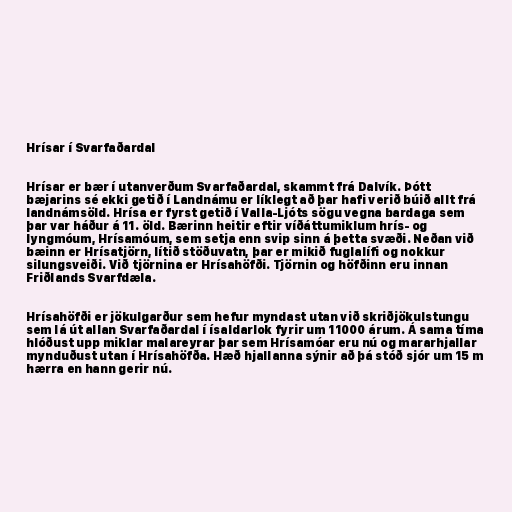
Hrísar í Svarfaðardal

Hrísar er bær í utanverðum Svarfaðardal, skammt frá Dalvík. Þótt
bæjarins sé ekki getið í Landnámu er líklegt að þar hafi verið búið allt frá
landnámsöld. Hrísa er fyrst getið í Valla-Ljóts sögu vegna bardaga sem
þar var háður á 11. öld. Bærinn heitir eftir víðáttumiklum hrís- og
lyngmóum, Hrísamóum, sem setja enn svip sinn á þetta svæði. Neðan við
bæinn er Hrísatjörn, lítið stöðuvatn, þar er mikið fuglalífi og nokkur
silungsveiði. Við tjörnina er Hrísahöfði. Tjörnin og höfðinn eru innan
Friðlands Svarfdæla.

Hrísahöfði er jökulgarður sem hefur myndast utan við skriðjökulstungu
sem lá út allan Svarfaðardal í ísaldarlok fyrir um 11000 árum. Á sama tíma
hlóðust upp miklar malareyrar þar sem Hrísamóar eru nú og mararhjallar
mynduðust utan í Hrísahöfða. Hæð hjallanna sýnir að þá stóð sjór um 15 m
hærra en hann gerir nú.